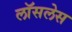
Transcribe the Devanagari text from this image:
लॉसलेस